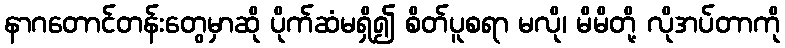
နာဂတောင်တန်းတွေမှာဆို ပိုက်ဆံမရှိ၍ စိတ်ပူစရာ မလို၊ မိမိတို့ လိုအပ်တာကို